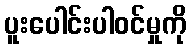
ပူးပေါင်းပါဝင်မှုကို